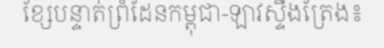
ខ្សែបន្ទាត់ព្រំដែនកម្ពុជា-ឡាវស្ទឹងត្រែង៖